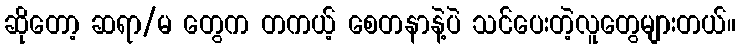
ဆိုတော့ ဆရာ/မ တွေက တကယ့် စေတနာနဲ့ပဲ သင်ပေးတဲ့လူတွေများတယ်။